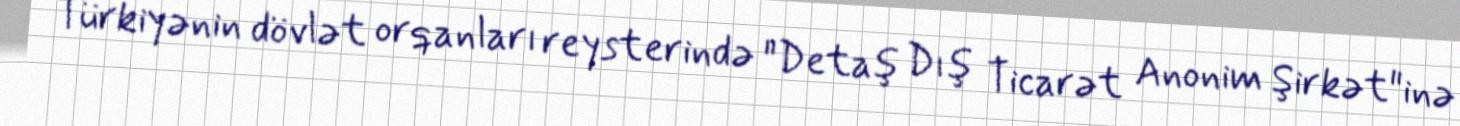
Türkiyənin dövlət orqanları reysterində "Detaş Dış Ticarət Anonim Şirkət"inə